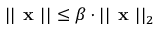
| | { \textbf { x } } | | \leq \beta \cdot | | { \textbf { x } } | | _ { 2 }